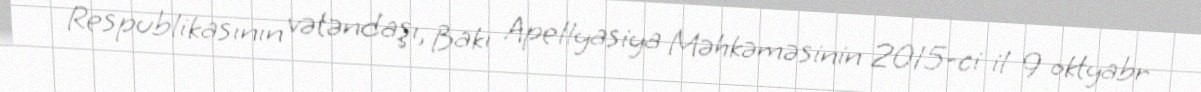
Respublikasının vətəndaşı, Bakı Apellyasiya Məhkəməsinin 2015-ci il 9 oktyabr